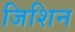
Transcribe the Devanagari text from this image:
जिशिन